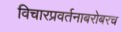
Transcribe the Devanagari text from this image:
विचारप्रवर्तनाबरोबरच